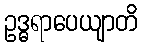
ဥဒ္ဓရာပေယျာတိ